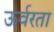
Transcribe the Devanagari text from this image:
ऊर्वरता